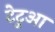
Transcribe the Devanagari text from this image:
टेटुआ